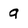
Character: 9